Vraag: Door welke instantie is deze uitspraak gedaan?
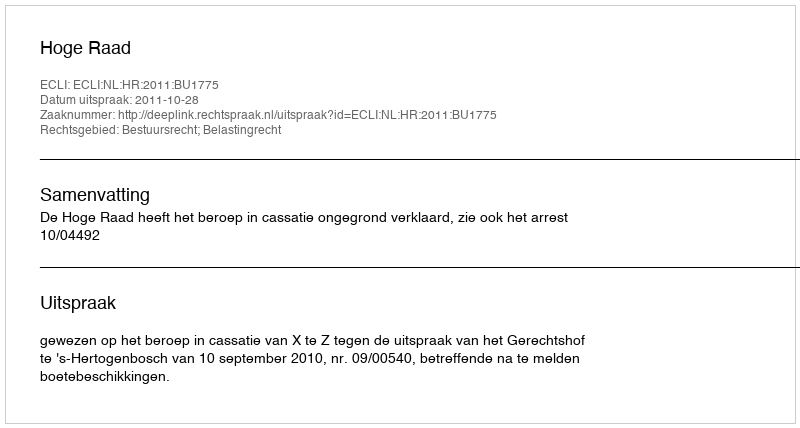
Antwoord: Hoge Raad